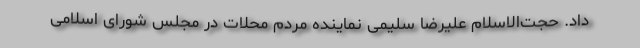
داد. حجت‌الاسلام علیرضا سلیمی نماینده مردم محلات در مجلس شورای اسلامی